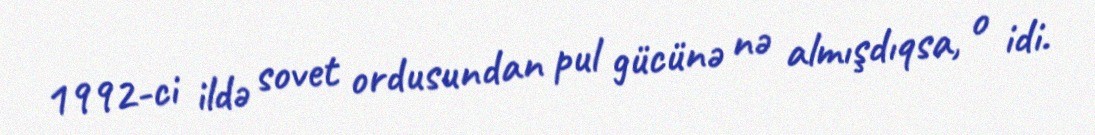
1992-ci ildə sovet ordusundan pul gücünə nə almışdıqsa, o idi.